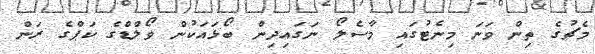
މެޗުގެ ތިން ވަނަ މިނެޓުގައި މާސެލޯ ނަގައިދިން ބޯޅައަކުން ވޯލްޑްގެ ކަޕްގެ ރަން